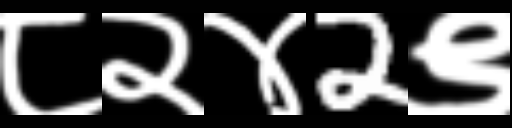
Text: ८२४2९